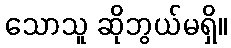
သောသူ ဆိုဘွယ်မရှိ။